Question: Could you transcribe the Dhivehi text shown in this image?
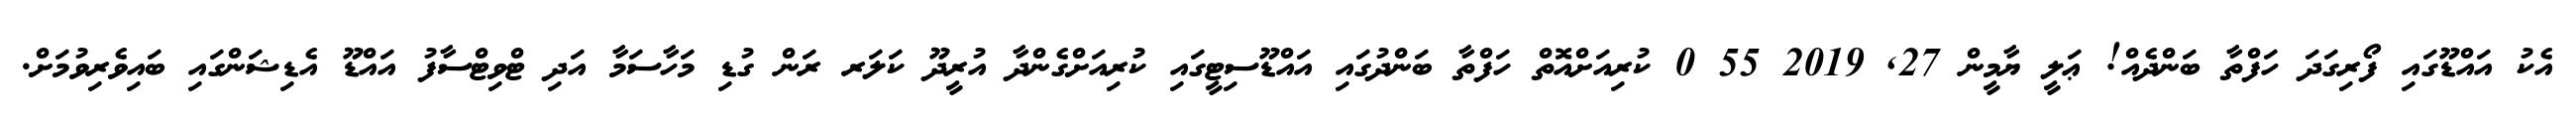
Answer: އެކު އައްޑޫގައި ފޯރިގަދަ ހަފްތާ ބަންދެއް! ޢަލީ ޔާމީން 27, 2019 55 0 ކުރިއަށްއޮތް ހަފްތާ ބަންދުގައި އައްޑޫސިޓީގައި ކުރިއަށްގެންދާ އުރީދޫ ކަލަރ ރަން ގުޑި މަހާސަމާ އަދި ޓްވިޓްސާފު އައްޑޫ އެޑިޝަންގައި ބައިވެރިވުމަށް.